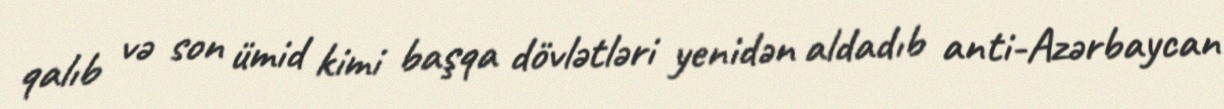
qalıb və son ümid kimi başqa dövlətləri yenidən aldadıb anti-Azərbaycan